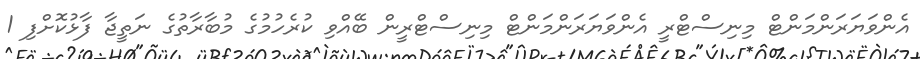
އެންވަޔަރަންމަންޓް މިނިސްޓްރީ އެންވަޔަރަންމަންޓް މިނިސްޓްރީން ބޭއްވި ކުރެހުމުގެ މުބާރާތުގެ ނަތީޖާ ފާޅުކޮށްފި 1